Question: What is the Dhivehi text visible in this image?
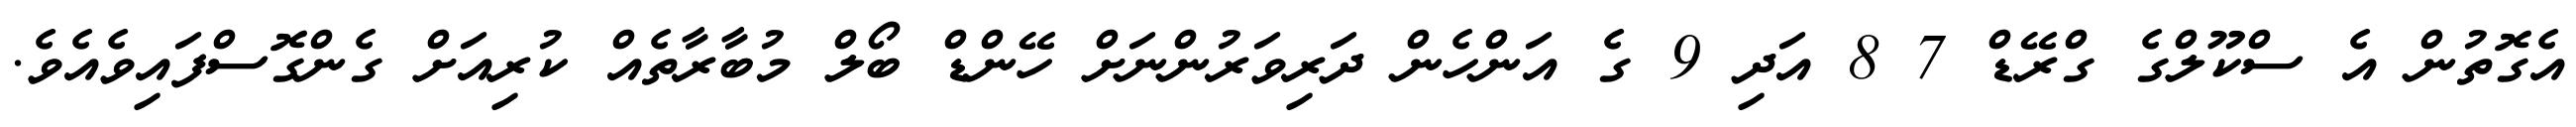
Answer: އެގޮތުން އެ ސްކޫލްގެ ގްރޭޑް 7 8 އަދި 9 ގެ އަންހެން ދަރިވަރުންނަށް ހޭންޑް ބޯލް މުބާރާތެއް ކުރިއަށް ގެންގޮސްފައިވެއެވެ.